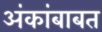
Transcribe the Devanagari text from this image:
अंकांबाबत